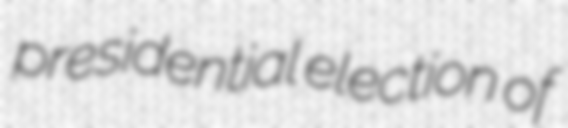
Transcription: presidential election of